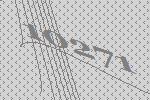
10271